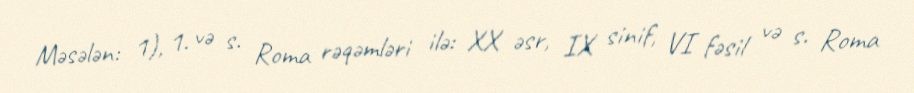
Məsələn: 1), 1. və s. Roma rəqəmləri ilə: XX əsr, IX sinif, VI fəsil və s. Roma